Leaving Certificate Examination, 1920
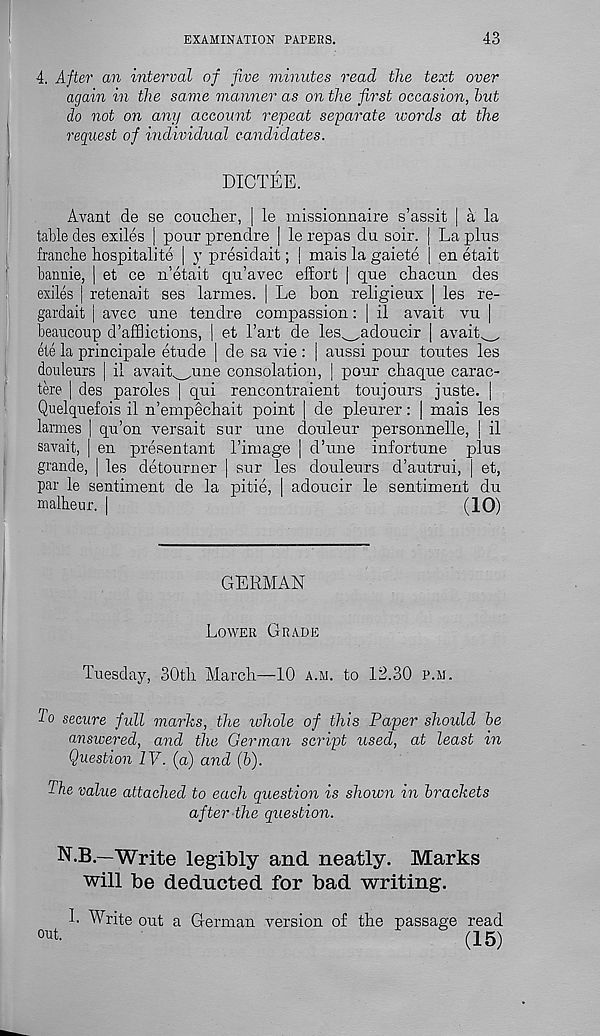
EXAMINATION PAPERS.
43
4. After an interval of five minutes read the text over
again in the same manner as on the first occasion, hut
do not on any account repeat separate words at the
request of individual candidates.
DICTEE.
Avant de se coucher, | le missionnaire s’assit | a la
table des exiles | pour prendre | le repas du soir. j La plus
franche hospitalite | 3’ presidait; | mais la gaiete [ en etait
bannie, | et ce n’etait qu’avec effort | que chacun des
exiles | retenait ses larmes. | Le bon religieux | les re-
gardait | avec une tendre compassion: | il avail vu |
beaucoup d’afHictions, | et 1’art de les^adoucir | avait^
ete la principale etude | de sa vie : | aussi pour toutes les
douleurs j il avait^une consolation, | pour chaque carac-
tere | des paroles | qui rencontraient toujours juste. |
Quelquefois il n’empechait point de pleurer: | mais les
larmes | qu’on versait sur une douleur personnelle, | il
savait, j en presentant 1’image | d’une infortune plus
grande, | les detourner | sur les douleurs d’autrui, | et,
par le sentiment de la pitie, | adoucir le sentiment du
malheur. |
(10)
GERMAN
Lower Grade
Tuesday, 30tli March—10 a.m. to 12.30 p.m.
2o secure full marks, the whole of this Paper should he
answered, and the German script used, at least in
Question IV. (a) and (b).
The value attached to each question is shown in brackets
after the question.
N.B.—Write legibly and neatly. Marks
will be deducted for bad writing.
I. Write out a German version of the passage read
out.
^
* (15)